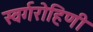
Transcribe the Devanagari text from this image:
स्वर्गरोहिणी